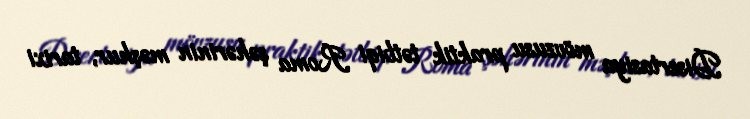
Disertasiya mövzusu praktik tətbiqi Roma şəhərinin məşhur, tarixi